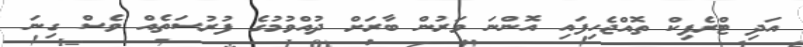
އަދި ޓްރެފިކް ތޮއްޖެހިފައި އޮންނަ ވަރުން ބާރަށް ދުއްވުމުގެ ފުރުސަތެއް ވެސް ގިނަ